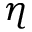
\eta